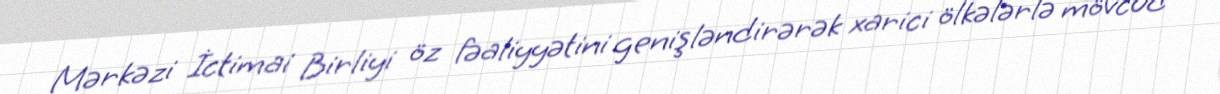
Mərkəzi İctimai Birliyi öz fəaliyyətini genişləndirərək xarici ölkələrlə mövcud